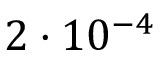
2 \cdot 1 0 ^ { - 4 }